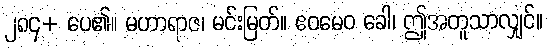
၂၈၄+ ပေ၏။ မဟာရာဇ၊ မင်းမြတ်။ ဧဝမေဝ ခေါ၊ ဤအတူသာလျှင်။